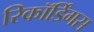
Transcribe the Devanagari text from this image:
रिकॉर्डिंगस